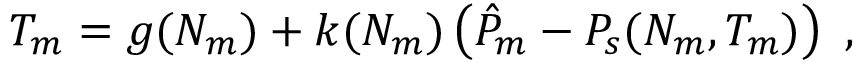
\begin{array} { r } { T _ { m } = g ( N _ { m } ) + k ( N _ { m } ) \left( \hat { P } _ { m } - P _ { s } ( N _ { m } , T _ { m } ) \right) \ , } \end{array}